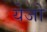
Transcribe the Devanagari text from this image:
येजो